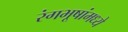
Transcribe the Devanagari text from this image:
रंगभूषांमध्ये